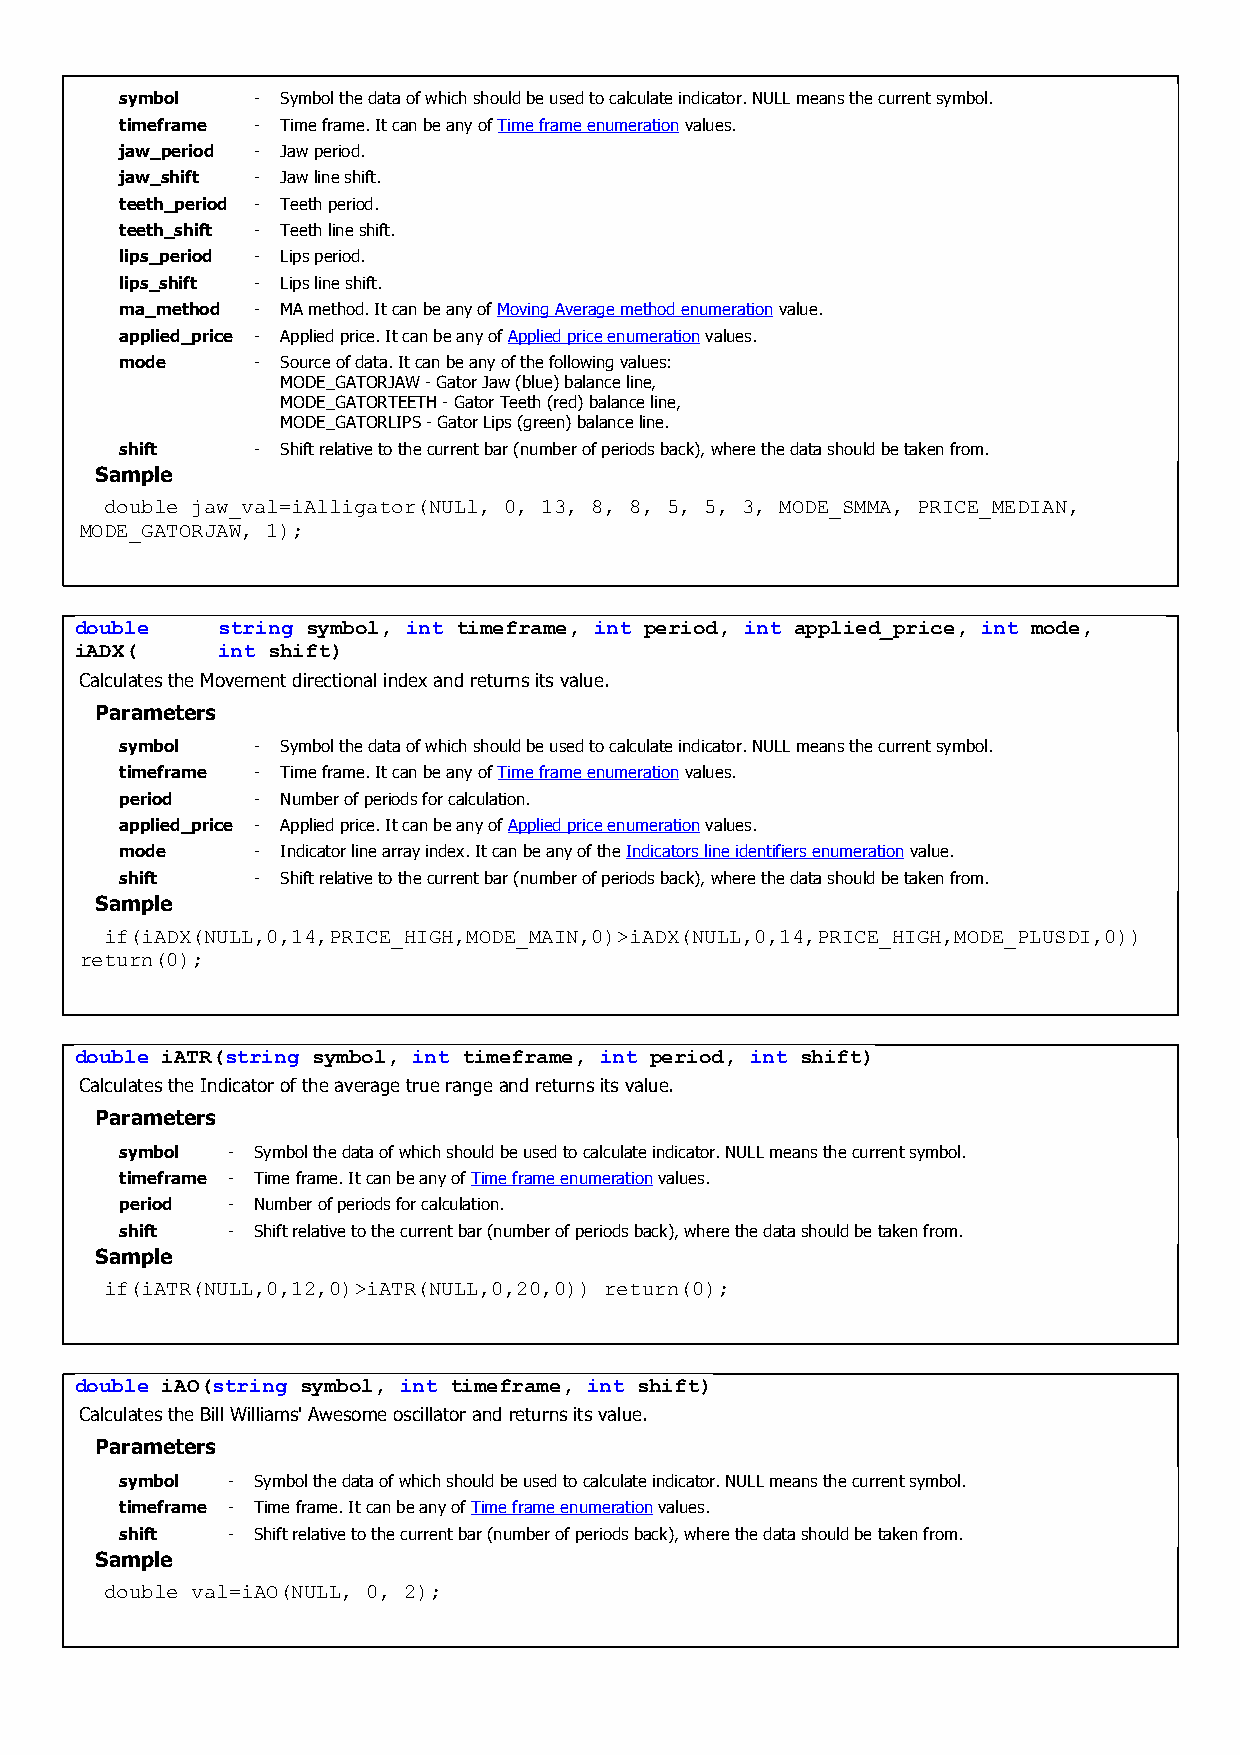
symbol   - Symbol the data of which should be used to calculate indicator. NULL means the current symbol.
 timeframe - Time frame. It can be any of Time frame enumeration values.
 jaw_period - Jaw period.
 jaw_shift - Jaw line shift.
 teeth_period - Teeth period.
 teeth_shift - Teeth line shift.
 lips_period - Lips period.
 lips_shift - Lips line shift.
 ma_method - MA method. It can be any of Moving Average method enumeration value.
 applied_price - Applied price. It can be any of Applied price enumeration values.
 mode     - Source of data. It can be any of the following values:
 MODE_GATORJAW - Gator Jaw (blue) balance line,
 MODE_GATORTEETH - Gator Teeth (red) balance line,
 MODE_GATORLIPS - Gator Lips (green) balance line.
 shift    - Shift relative to the current bar (number of periods back), where the data should be taken from.
 Sample
 double jaw_val=iAlligator(NULl, 0, 13, 8, 8, 5, 5, 3, MODE_SMMA, PRICE_MEDIAN,
 MODE_GATORJAW, 1);
 double   string symbol, int timeframe, int period, int applied_price, int mode,
 iADX(    int shift)
 Calculates the Movement directional index and returns its value.
 Parameters
 symbol   - Symbol the data of which should be used to calculate indicator. NULL means the current symbol.
 timeframe - Time frame. It can be any of Time frame enumeration values.
 period   - Number of periods for calculation.
 applied_price - Applied price. It can be any of Applied price enumeration values.
 mode     - Indicator line array index. It can be any of the Indicators line identifiers enumeration value.
 shift    - Shift relative to the current bar (number of periods back), where the data should be taken from.
 Sample
 if(iADX(NULL,0,14,PRICE_HIGH,MODE_MAIN,0)>iADX(NULL,0,14,PRICE_HIGH,MODE_PLUSDI,0))
 return(0);
 double iATR(string symbol, int timeframe, int period, int shift)
 Calculates the Indicator of the average true range and returns its value.
 Parameters
 symbol - Symbol the data of which should be used to calculate indicator. NULL means the current symbol.
 timeframe - Time frame. It can be any of Time frame enumeration values.
 period - Number of periods for calculation.
 shift  - Shift relative to the current bar (number of periods back), where the data should be taken from.
 Sample
 if(iATR(NULL,0,12,0)>iATR(NULL,0,20,0)) return(0);
 double iAO(string symbol, int timeframe, int shift)
 Calculates the Bill Williams' Awesome oscillator and returns its value.
 Parameters
 symbol - Symbol the data of which should be used to calculate indicator. NULL means the current symbol.
 timeframe - Time frame. It can be any of Time frame enumeration values.
 shift  - Shift relative to the current bar (number of periods back), where the data should be taken from.
 Sample
 double val=iAO(NULL, 0, 2);